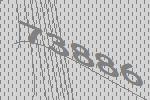
73886